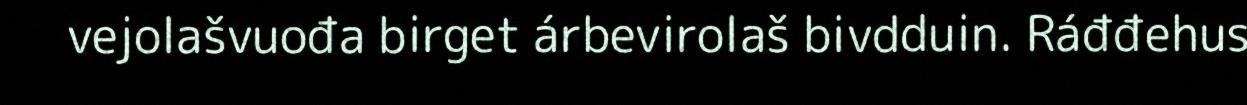
vejolašvuođa birget árbevirolaš bivdduin. Ráđđehus